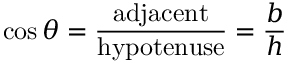
\cos \theta = { \frac { \mathrm { a d j a c e n t } } { \mathrm { h y p o t e n u s e } } } = { \frac { b } { h } }